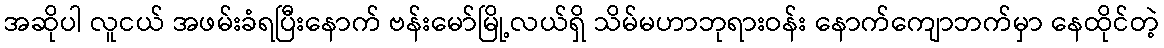
အဆိုပါ လူငယ် အဖမ်းခံရပြီးနောက် ဗန်းမော်မြို့လယ်ရှိ သိမ်မဟာဘုရားဝန်း နောက်ကျောဘက်မှာ နေထိုင်တဲ့